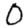
Digit: 0